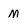
Character: M